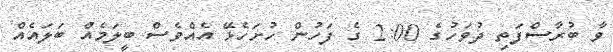
ވާ ބުރާސްފަތި ދުވަހުގެ 2:00 ގެ ފަހުން ހުށަހެޅޭ އެއްވެސް ބީލަމެއް ބަލައެއް